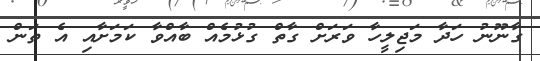
ގާނޫނު ހަދާ މަޖިލީހާ ވަރަށް ގާތް ގުޅުމެއް ބާއްވާ ކަމަށާއި އެ ތަން